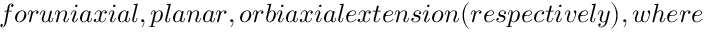
f o r u n i a x i a l , p l a n a r , o r b i a x i a l e x t e n s i o n ( r e s p e c t i v e l y ) , w h e r e